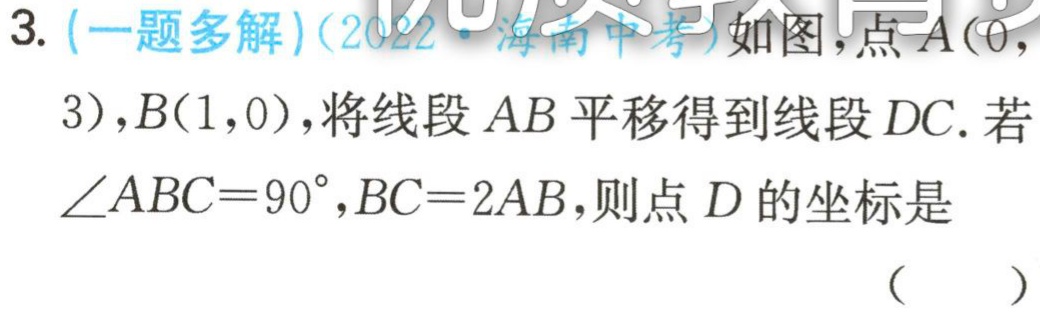
3. (一题多解)(2022·海南中考)如图，点\(A(0,3)\)，\(B(1,0)\)，将线段\(AB\)平移得到线段\(DC\). 若\(\angle ABC = 90^{\circ}\)，\(BC = 2AB\)，则点\(D\)的坐标是 （  ）